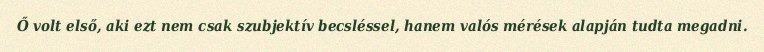
Ő volt első, aki ezt nem csak szubjektív becsléssel, hanem valós mérések alapján tudta megadni.